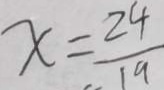
x = \frac { 2 4 } { 1 9 }